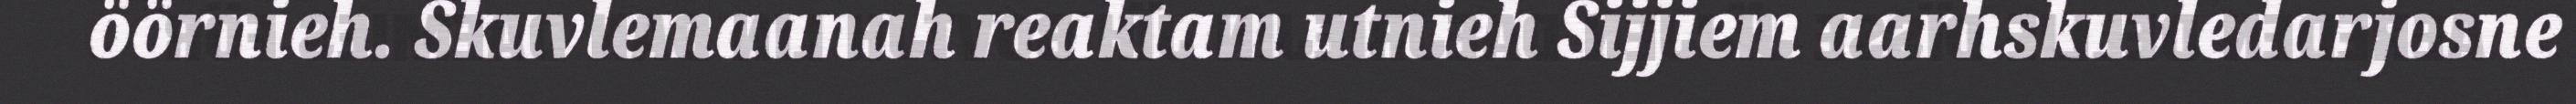
öörnieh. Skuvlemaanah reaktam utnieh Sijjiem aarhskuvledarjosne